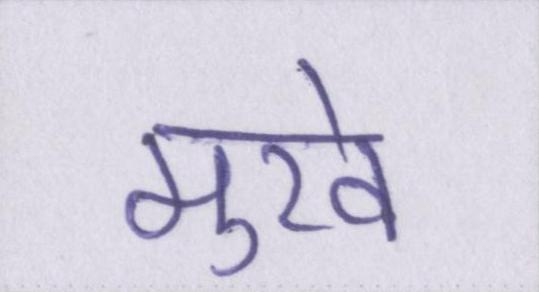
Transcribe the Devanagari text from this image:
मुखे